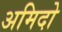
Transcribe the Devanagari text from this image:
अमिदो